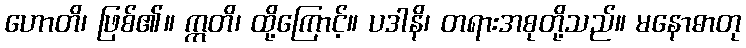
ဟောတိ၊ ဖြစ်၏။ ဣတိ၊ ထို့ကြောင့်။ ပဒါနိ၊ တရားအစုတို့သည်။ မနောဓာတု